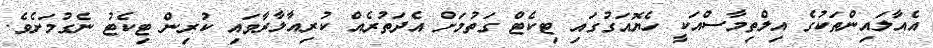
އެއާލައިންތަކުގެ އިލްތިމާސްއަކީ ހެޔޮއަގުގައި ޓިކެޓް ގަތުމަށް އެދަތުރެއް ކުރިއާލާރާވައި ކުރިން ޓިކެޓު ނެގުމަށެވެ.